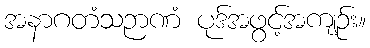
အနာဂတံသဉာဏံ ပုဒ်အဖွင့်အကျဉ်း။